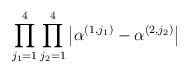
LaTeX: \begin{align*}\prod_{j_{1}=1}^{4}\prod_{j_{2}=1}^{4}\left\vert \alpha^{(1,j_{1})}-\alpha^{(2,j_{2})}\right\vert \end{align*}